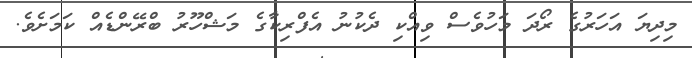
މިދިޔަ އަހަރުގެ ރޯދަ މަހުވެސް ވިއްކި ދެކުނު އެފްރިކާގެ މަޝްހޫރު ބްރޭންޑެއް ކަމަށެވެ.